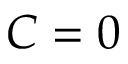
C = 0